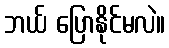
ဘယ် ပြောနိုင်မလဲ။